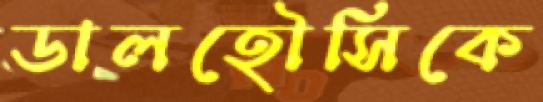
ডালহৌসিকে